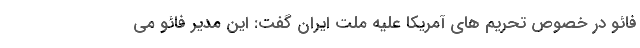
فائو در خصوص تحریم های آمریکا علیه ملت ایران گفت: این مدیر فائو می